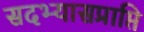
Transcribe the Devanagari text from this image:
सदभ्यासप्राप्ति